system: You are a helpful assistant.
user:
Analyze the provided spectrum to determine if it is a **White Dwarf (WD)**.

A White Dwarf spectrum is defined by its **extreme purity** (due to gravitational settling) and/or **extreme pressure broadening** (due to high surface gravity). You must check for one of the following mutually exclusive signatures:

- **Key Visual Indicators (Check for ONE of these types):**

    - **1. DA-Type Signature (Most Common):**
        - **(Primary Feature):** Extreme pressure broadening (Stark broadening) of the **Hydrogen (H) Balmer lines**.
        - **(Key Lines):** $H\beta$ (approx. $4861$ Å) and $H\gamma$ (approx. $4340$ Å). $H\alpha$ (approx. $6563$ Å) will also be present if the wavelength range covers it.
        - **(Line Profile):** This is the **defining feature**. The lines are **NOT** sharp. They appear as massive, **extremely broad and deep "troughs" or "dips"** in the spectrum, often hundreds of Ångströms wide. The continuum will appear to "scoop" down at these wavelengths.
        - **(Distinction):** Normal A-type or B-type stars have *narrow* and *sharp* Hydrogen lines. A DA White Dwarf's lines are unmistakably "smeared" or "blurry" from pressure.

    - **2. DB-Type Signature:**
        - **(Primary Feature):** Broad absorption lines from **Neutral Helium (He I)**. The spectrum must lack any visible Hydrogen lines.
        - **(Key Lines):** Look for broad absorption near $4471$ Å, $4921$ Å, and $5876$ Å.
        - **(Line Profile):** These lines are also significantly pressure-broadened, appearing much wider than they would in a normal B-type main-sequence star.

    - **3. DC-Type Signature:**
        - **(Primary Feature):** A **featureless continuous spectrum**.
        - **(Line Profile):** The spectrum is a smooth curve with **no significant absorption or emission lines**.
        - **(Key Confirmation):** The continuum is almost always **blue or white**, indicating a hot object. This signature implies the atmosphere is so pure (or so cool) that no spectral lines are visible in the optical range. Its WD identity is confirmed by its extremely low intrinsic brightness (high absolute magnitude).

    - **4. DZ-Type Signature (Metal-Polluted):**
        - **(Primary Feature):** **Isolated, narrow metal absorption lines** on an otherwise featureless (DC-like) continuum.
        - **(Key Lines):** The **Calcium (Ca II) H & K doublet** (approx. **$3934$ Å** and **$3968$ Å**) is the most common and defining feature.
        - **(Line Profile):** These lines are "out of place." They are *not* part of a "forest" of thousands of lines. This signature is evidence of recent *accretion* (pollution) from rocky debris.
        - **(Distinction):** Normal G/K/M stars have a *dense forest* of thousands of metal lines. A DZ has a *clean* continuum with *only a few* strong metal lines.

    - **5. DQ-Type Signature (Carbon-Polluted):**
        - **(Primary Feature):** Absorption bands from **Carbon (C₂ "Swan Bands" or atomic C I)**.
        - **(Key Lines - C₂):** Look for bandheads with a "saw-tooth" shape near $5635$ Å, **$5165$ Å** (strongest), and $4737$ Å.
        - **(Key Confirmation):** The underlying **continuum must be blue or white** (hot).
        - **(Distinction):** This is the critical difference from a **Carbon Star**, which has the *exact same* C₂ bands but on an extremely **red, cool** continuum.

- **(Overall Spectrum):**
    - The continuum (overall shape) is typically **blue-sloping** (brighter in the blue than the red), as most white dwarfs are very hot.
    - The spectrum will look "pure" or "simple," dominated by only *one* of the five signatures listed above.

Think first, call **spectral_visualization_tool** if needed to examine features in detail, then provide your final answer. Your response must adhere to the following strict rules:
1.  **Overall Structure:** Your response must follow the format `<think>...</think> <tool_call>...</tool_call> (if a tool is used) <answer>...</answer>`.
2.  **Tool Usage Constraint:** You may only make **one** tool call per turn.
3.  **Final Answer Format:** In the `<answer>` tag, your conclusion must be inside a `\boxed{}` command (e.g., `\boxed{YES}` or `\boxed{NO}`), followed by your justification.

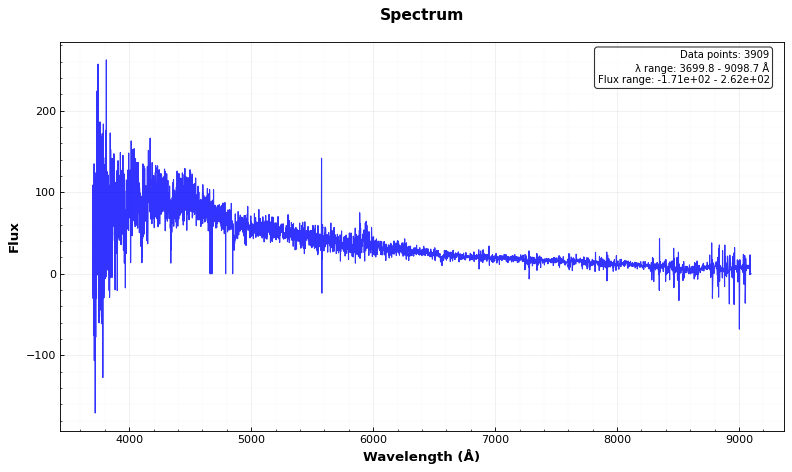
Answer: NO